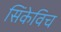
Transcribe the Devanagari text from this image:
सिंकेविच